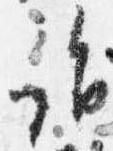
詣